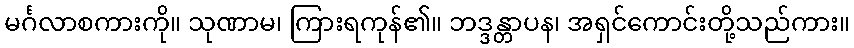
မင်္ဂလာစကားကို။ သုဏာမ၊ ကြားရကုန်၏။ ဘဒ္ဒန္တာပန၊ အရှင်ကောင်းတို့သည်ကား။